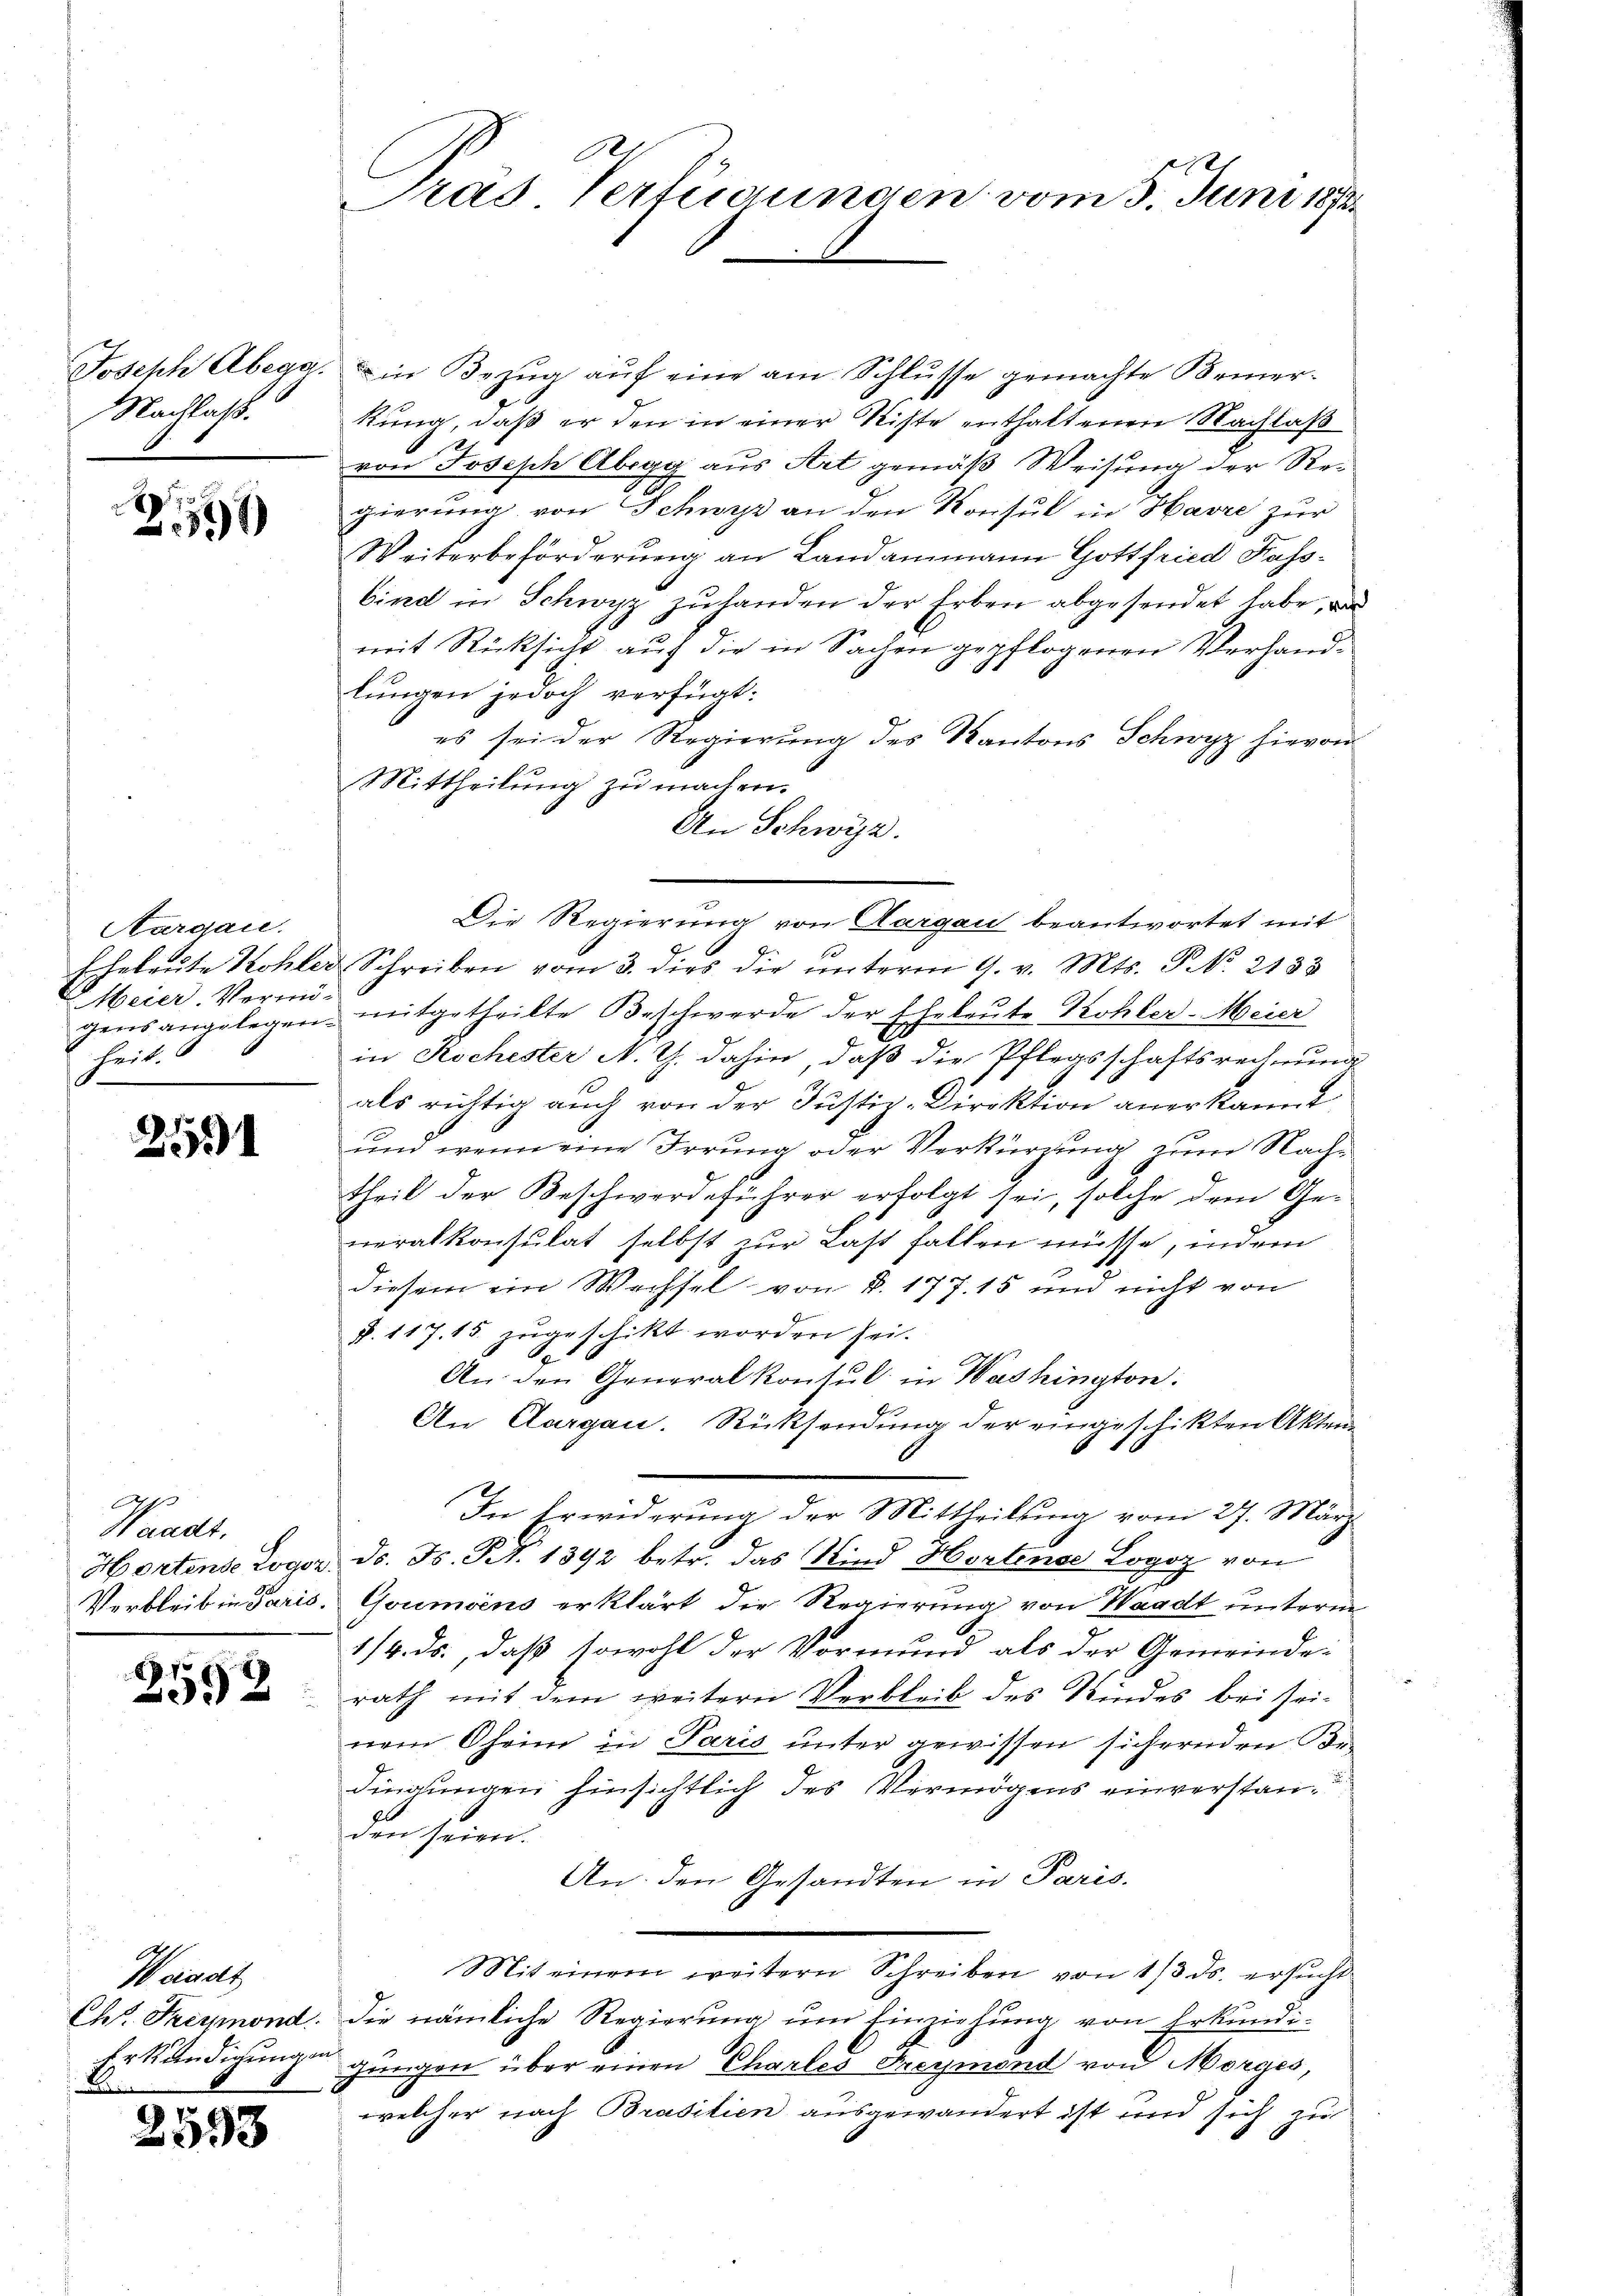
Nachlaß.

2591

Aturgau.
Meier. Vermö-
heit.

2555

Ap
Waadt,

2592

Joseph Abegg. in Bezŭg aŭf eine am Schlŭsse gemachte Bemer-
kung, daß er den in einer Ritte enthaltenen Nachlaß
von Joseph Abegg aus Art gemäß Weisung der Regierung von Schwyz an den Konsul in Havre zur
Weiterbehörderung an Landammann Gottfried Kassbind in Schwyz zuhanden der Erben abgesendet habe, d
mit Rücksicht auf die in Sachen gepflogenen Verhandlungen jedoch verfügt:
es sei der Regierung des Kantons Schwyz hievon
Mittheilung zu machen.
An Schwyz.
Die Regierung von Aargau beantwortet mit
Eheleute Kohler Schreiben vom 3. dies die ŭnterm 9. v. Mts. P. Nr. 2133
gensangelegen mitgetheilte Beschwerde der Eheleute Kohler-Meier
in Kochester N. Z. dahin, daß die Pflegsschaftsrechnung
als richtig auch von der Justiz-Direktion anerkannt
und wenn eine Irrung oder Verkürzung zum Nachtheil der Beschwerdeführer erfolgt sei, solche dem Generalkonsulat selbst zur Last fallen müsse, indem
diesem ein Wachsel von §. 177. 15 und nicht von
§. 117. 15. zugeschikt worden sei.
An den Generalkontul in Washington:
An Aargau. Rücksendung der eingeschikten Akten¬
In Erwiderung der Mittheilung vom 27. März
e
Hortense Logor Dr. F. S. 1392 betr. das Kind Hortinse Logoz von
Verbleib in Paris. Goumoins erklärt die Regierung von Waadt unterm
1/4. ds., daß sowohl der Vormund als der Gemeinderath mit dem weitern Verbleib des Kindes bei seinem Oheim in Paris unter gewissen sichernden Bedingungen hinsichtlich des Vermögens einverstanden seien.
An den Gesandten in Paris.
Mit einem weitern Schreiben von 1/3 ds. ersŭcht
Chr. Freymond. Die nämliche Regierŭng ŭm Einziehung von Erkundi-
Erkundigungen gingen über einen Chartes Freymond von Morges,
welcher nach Brasilien ausgewandert ist und sich zu

Waadt
....................................................................

2593

Gras Vertigungen vom 3. Juni 1872